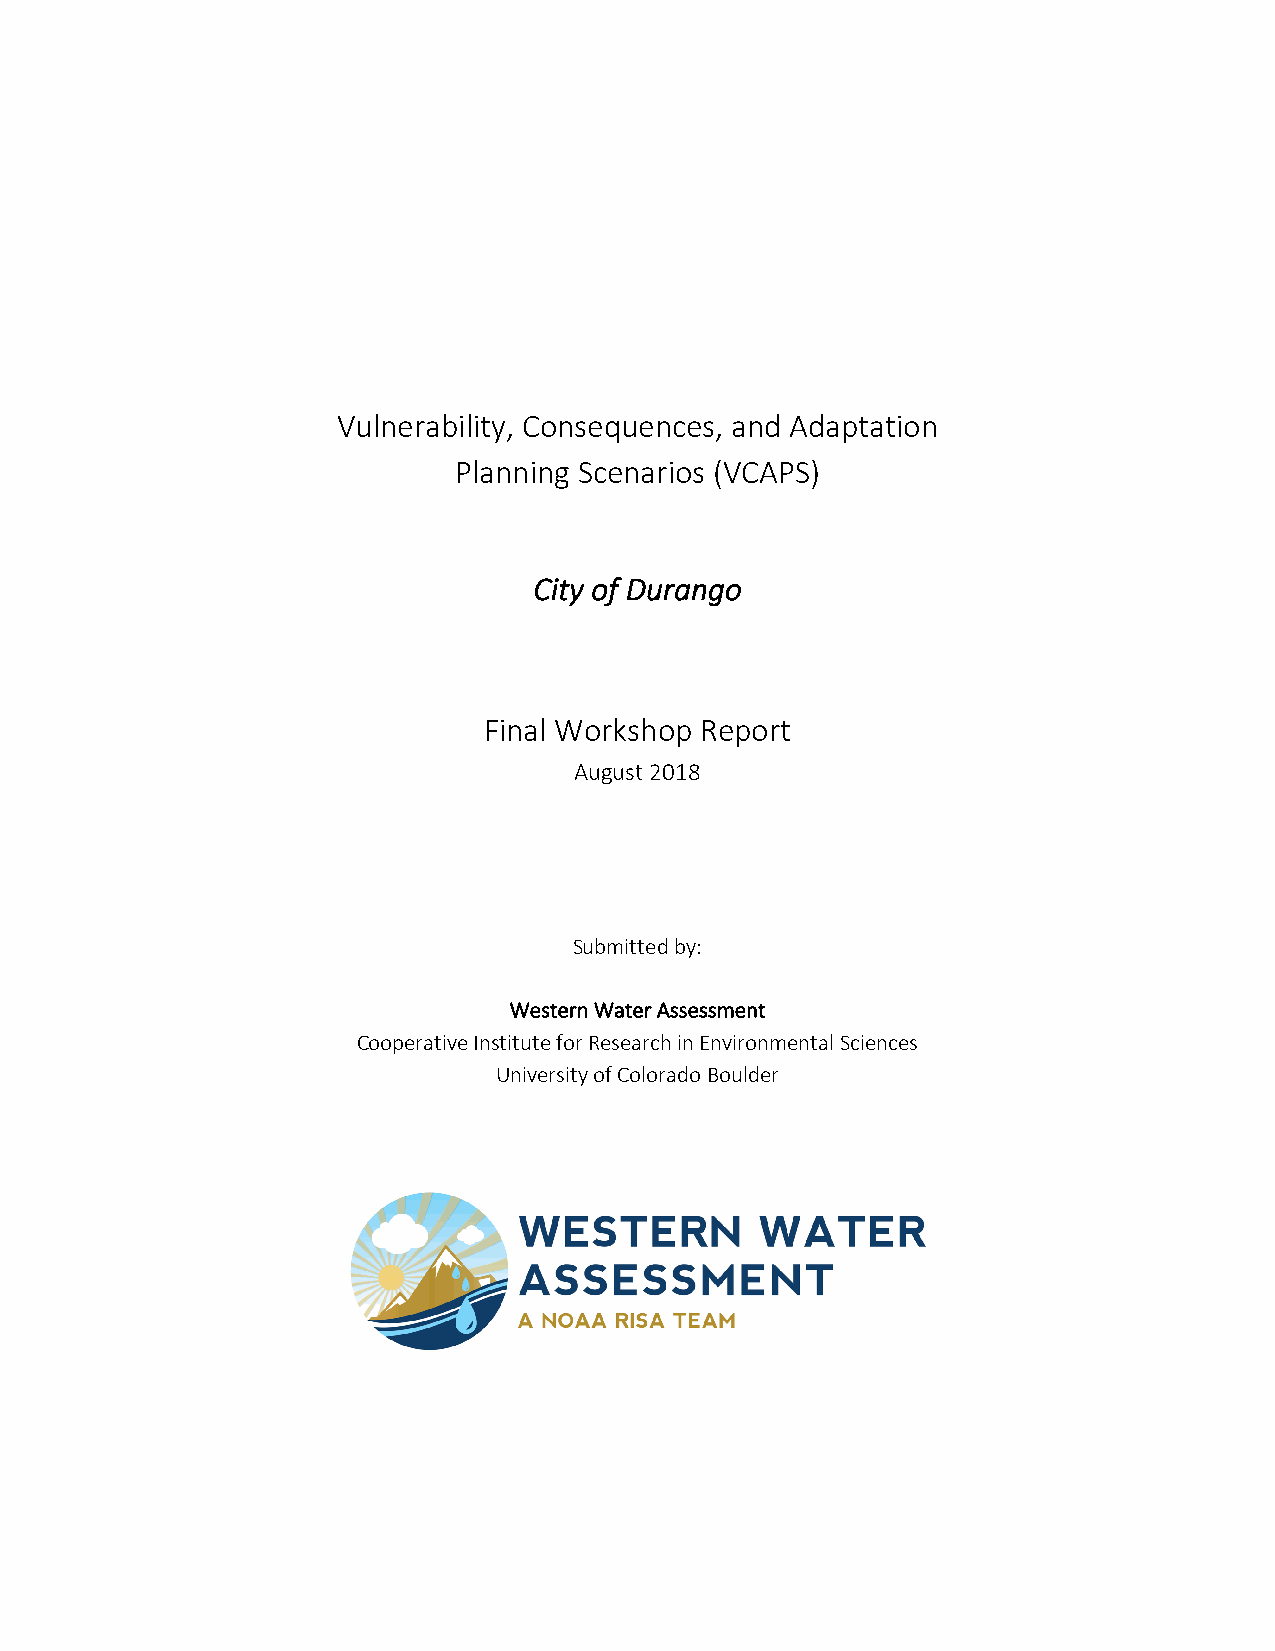
Vulnerability, Consequences, and Adaptation
 Planning Scenarios (VCAPS)
 City of Durango
 Final Workshop Report
 August 2018
 Submitted by:
 Western Water Assessment
 Cooperative Institute for Research in Environmental Sciences
 University of Colorado Boulder